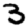
Digit: 3